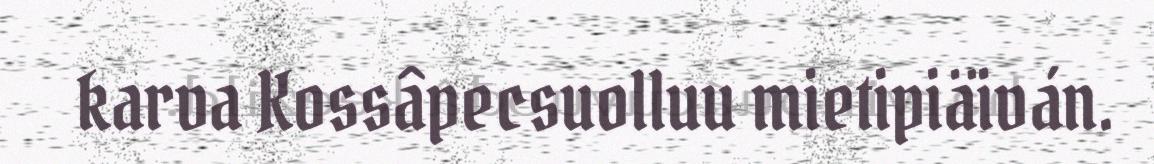
karva Kossâpecsuolluu mietipiäiván.